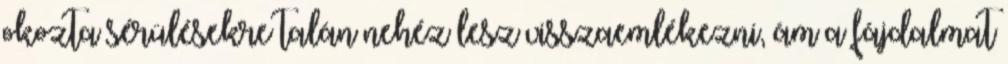
okozta sérülésekre talán nehéz lesz visszaemlékezni, ám a fájdalmat